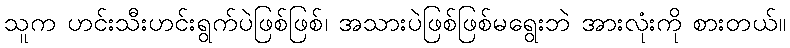
သူက ဟင်းသီးဟင်းရွက်ပဲဖြစ်ဖြစ်၊ အသားပဲဖြစ်ဖြစ်မရွေးဘဲ အားလုံးကို စားတယ်။